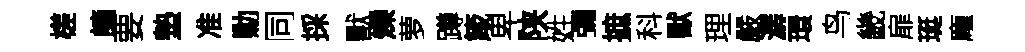
槎謫要墊准勦同採獸爍萝蹲箴卑陕姓彌摭科獸理嚴潺環鸟畿扉珽龐